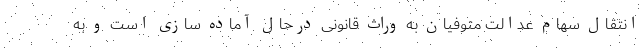
انتقال سهام عدالت متوفیان به وراث قانونی درحال آماده سازی است و به